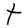
Character: t